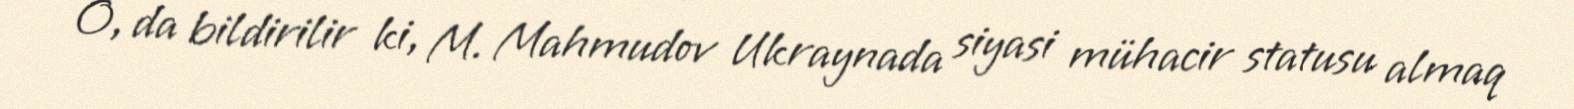
O, da bildirilir ki, M. Mahmudov Ukraynada siyasi mühacir statusu almaq